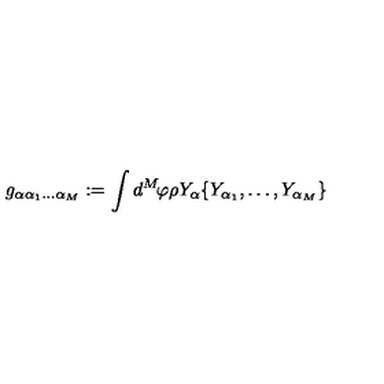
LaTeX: g _ { \alpha \alpha _ { 1 } \ldots \alpha _ { M } } : = \int d ^ { M } \! \varphi \rho Y _ { \alpha } \{ Y _ { \alpha _ { 1 } } , \ldots , Y _ { \alpha _ { M } } \}